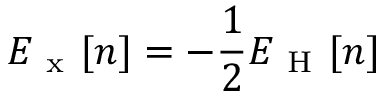
E _ { \mathrm { ~ x ~ } } \ensuremath { [ n ] } = - \frac { 1 } { 2 } E _ { \mathrm { ~ H ~ } } \ensuremath { [ n ] }